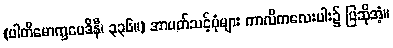
(ပါတိမောက္ခမေဒိနီ၊ ၃၃၆။) အာပတ်သင့်ပုံများ ကာလိကလေးပါး၌ ပြဆိုအံ့။